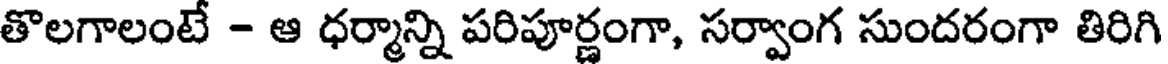
తొలగాలంటే - ఆ ధర్మాన్ని పరిపూర్ణంగా, సర్వాంగ సుందరంగా తిరిగి